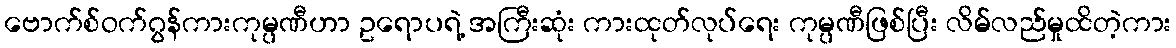
ဗောက်စ်ဝက်ဂွန်ကားကုမ္ပဏီဟာ ဥရောပရဲ့ အကြီးဆုံး ကားထုတ်လုပ်ရေး ကုမ္ပဏီဖြစ်ပြီး လိမ်လည်မှုထိတဲ့ကား